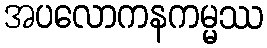
အပလောကနကမ္မဿ